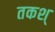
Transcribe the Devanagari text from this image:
तकश्